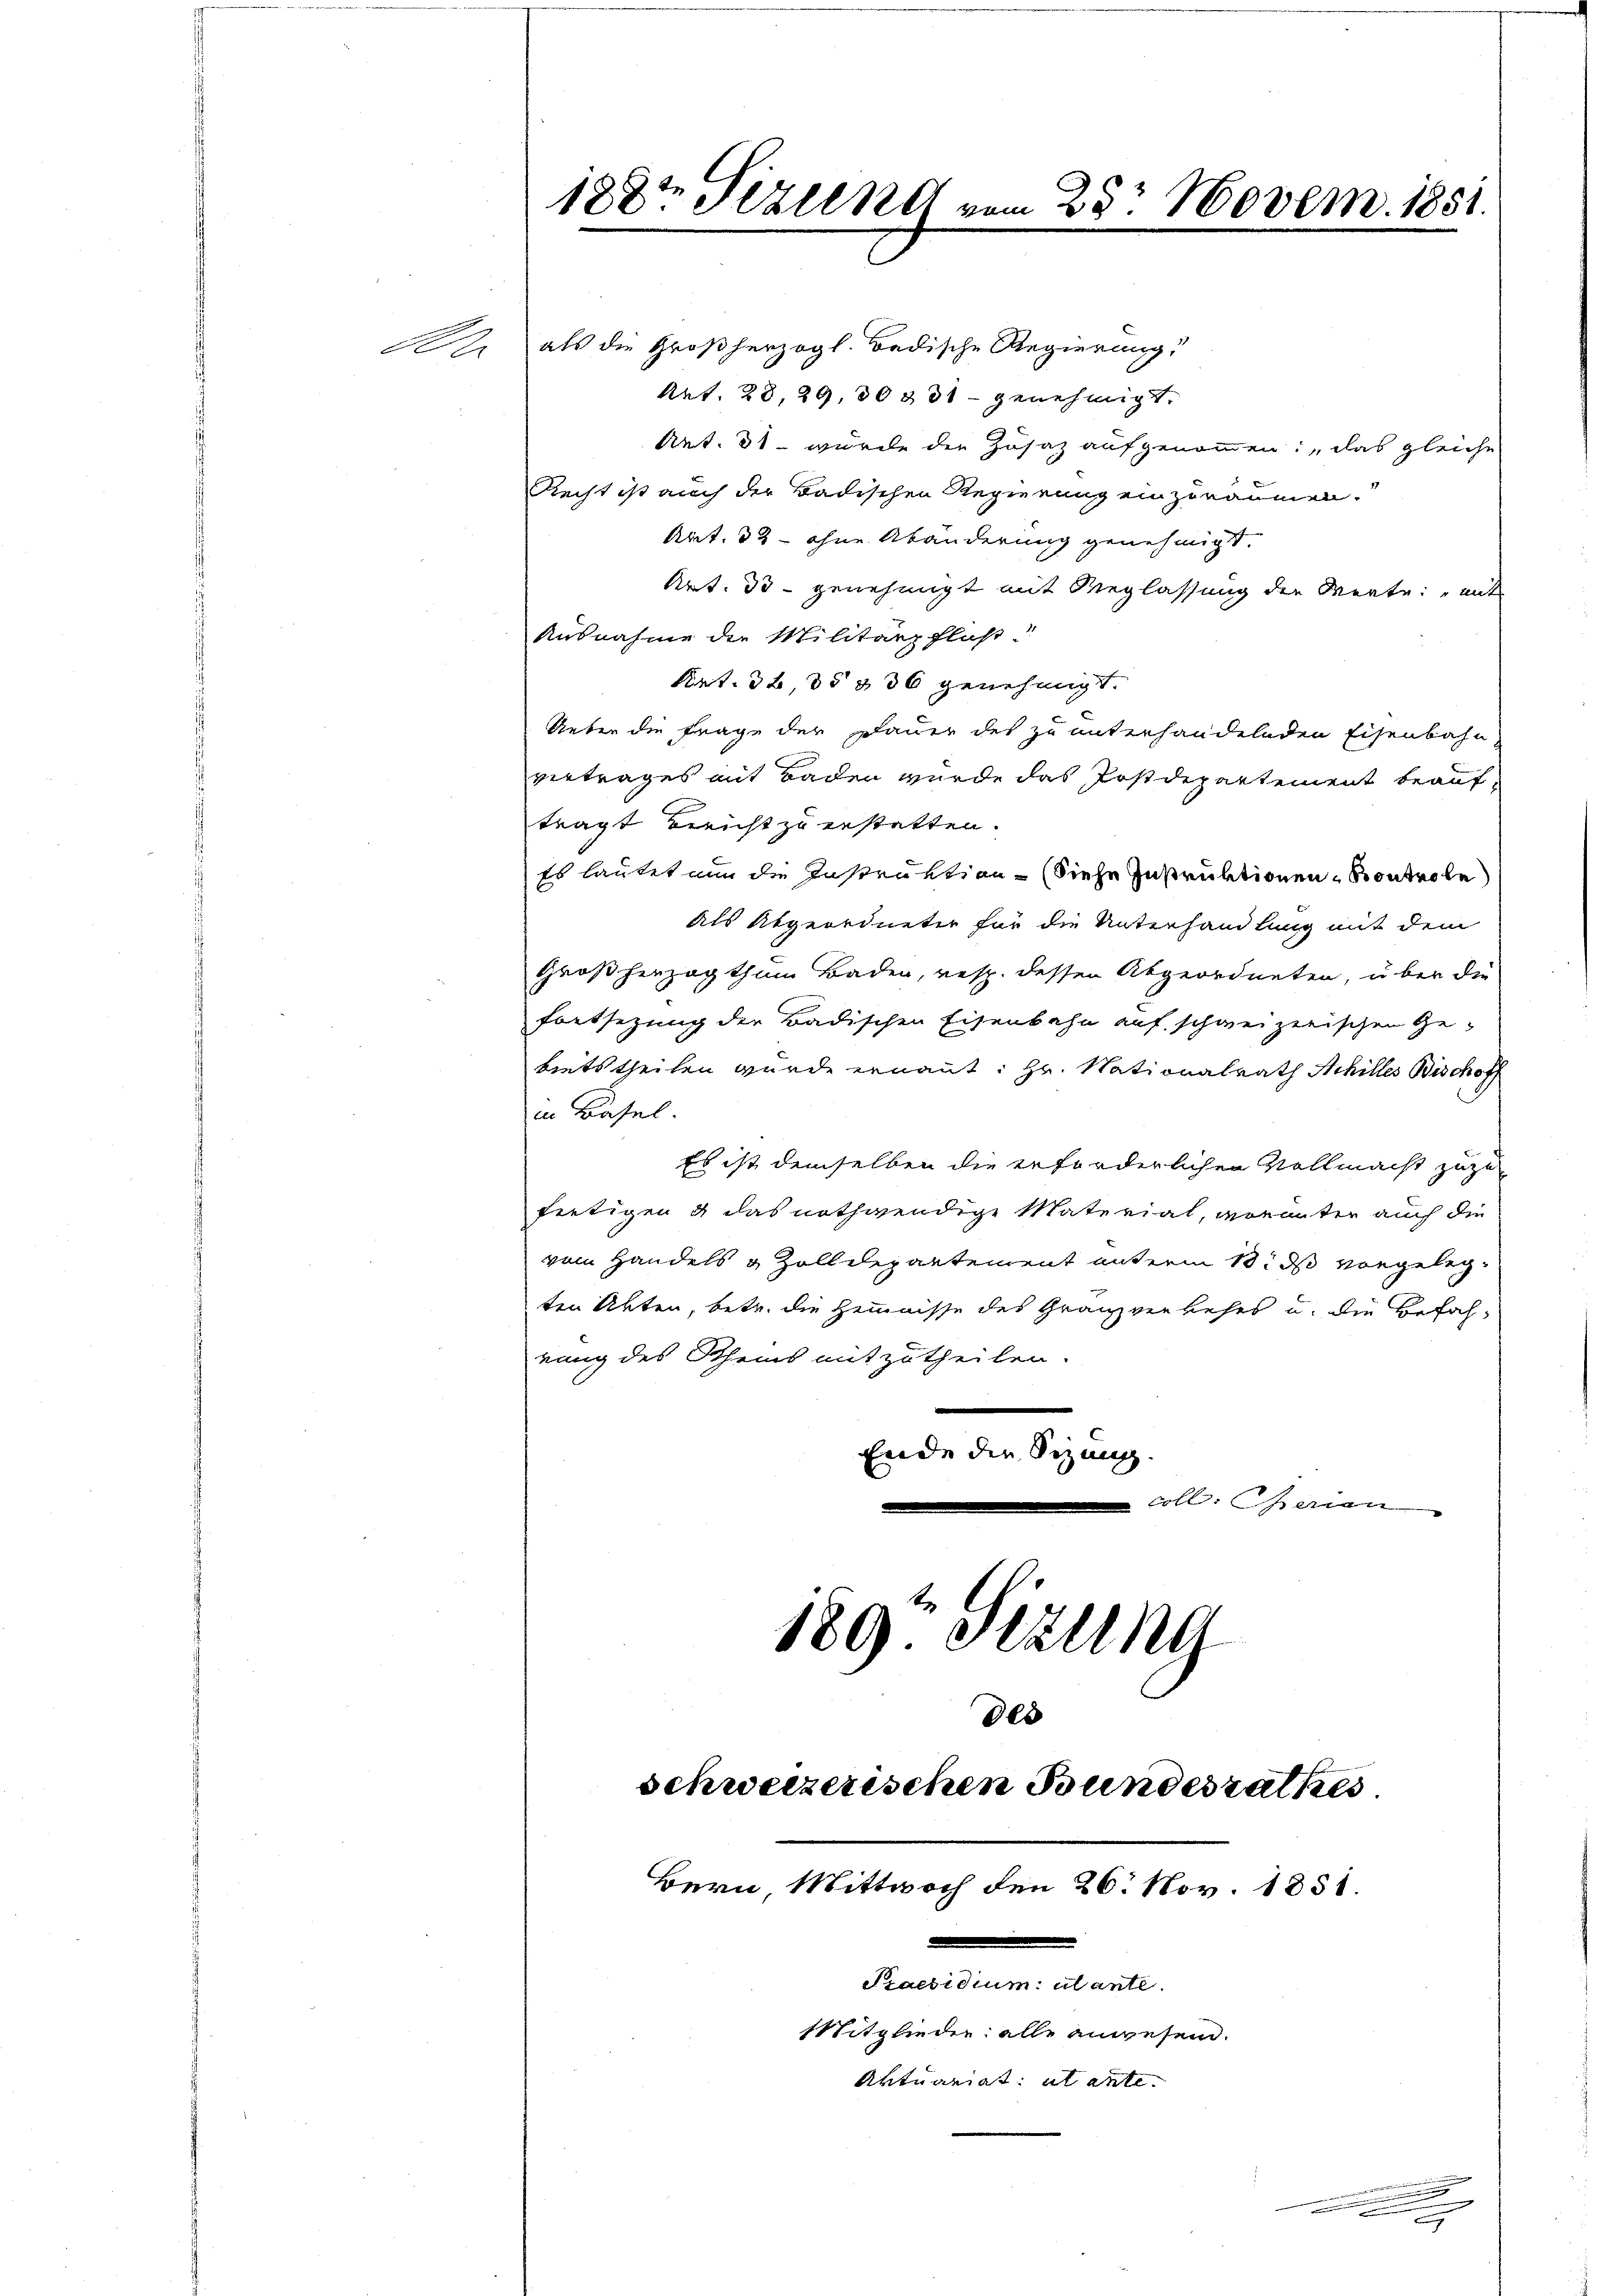
A

188 Tizend vom 25t Novem. 1851.

als die Großherzogl. Badische Regierung
Art. 28, 29, 30881 genehmigt.
Art. 31. wurde der Zusaz aufgenommen: „das gleiche
Recht ist auch der Badischen Regierung einzuräumen.
Art. 32 - ohne Abänderung genehmigt.
Art. 33 - genehmigt mit Weglassung der Werte: mit
Ausnahme die Militärpfluß
Art. 32 35 § 36 genehmigt.
Ueber die Frage der Dauer des zu unterhandelnden Eisenbahn
vertrages mit Baden wurde das Postdepartement beauftragt Bericht zu erstatten.
Es lautet nun die Instruktion (siehe Instruktionen Sontrole
Als Abgeordneter für die Unterhandlung mit dem
Großherzogthum Baden, resp. dessen Abgeordneten, über die
Fortsezung der Badischen Eisenbahn auf schweizerischen Gebietstheilen wurde ernannt: Hr. Nationalrath Achilles Bischoff
in Basel
Es ist demselben die erforderlichen Vollmacht zuzufertigen & das nothwendige Materiat, worunter auch die
vom Handels & Zolldepartement unterm 18. ds vorgelegten Akten, betr. die Hemmnisse des Granzverkehrs u. die Befah
rung des Rheins mitzutheilen.
Ende der Sizung.
soll, sation
u

189. Sizung
des
schweizerischen Bundesrathes
Bern Mittwoch den 26. Nov. 1851.
Praesidium ulante.
Mitglieder alle anwesend.
Aktuariat et ante.

.
dienen werden seiner